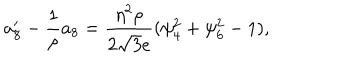
LaTeX: a _ { 8 } ^ { \prime } - \frac { 1 } { \rho } a _ { 8 } = \frac { \eta ^ { 2 } \rho } { 2 \sqrt { 3 } e } ( \psi _ { 4 } ^ { 2 } + \psi _ { 6 } ^ { 2 } - 1 ) ,